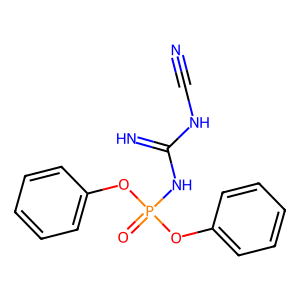
SMILES: N#CNC(=N)NP(=O)(Oc1ccccc1)Oc1ccccc1
Inhibits HIV replication: No